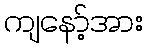
ကျနော့်အား